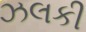
ઝલકી